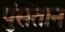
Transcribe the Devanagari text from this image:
पुंसंतान